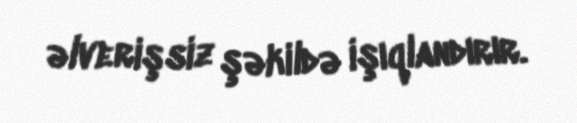
əlverişsiz şəkildə işıqlandırır.